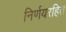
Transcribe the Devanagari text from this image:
निर्णयरहित